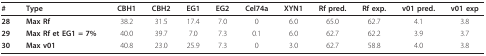
<table><thead><tr><td><b>#</b></td><td><b>Type</b></td><td><b>CBH1</b></td><td><b>CBH2</b></td><td><b>EG1</b></td><td><b>EG2</b></td><td><b>Cel74a</b></td><td><b>XYN1</b></td><td><b>Rf pred.</b></td><td><b>Rf exp.</b></td><td><b>v01 pred.</b></td><td><b>v01 exp</b></td></tr></thead><tbody><tr><td><b>28</b></td><td><b>Max Rf</b></td><td>38.2</td><td>31.5</td><td>17.4</td><td>7.0</td><td>0</td><td>6.0</td><td>65.0</td><td>62.7</td><td>4.1</td><td>3.8</td></tr><tr><td><b>29</b></td><td><b>Max Rf et EG1 = 7%</b></td><td>40.0</td><td>39.7</td><td>7.0</td><td>7.3</td><td>0.1</td><td>6.0</td><td>62.7</td><td>62.2</td><td>3.9</td><td>3.7</td></tr><tr><td><b>30</b></td><td><b>Max v01</b></td><td>40.8</td><td>23.0</td><td>25.9</td><td>7.3</td><td>0</td><td>3.0</td><td>62.7</td><td>58.8</td><td>4.0</td><td>3.8</td></tr></tbody></table>